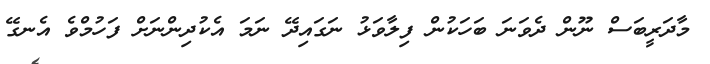
މާދަރީބަސް ނޫން ދެވަނަ ބަހަކުން ފިލާވަޅު ނަގައިދޭ ނަމަ އެކުދިންނަށް ފަހުމްވެ އެނގޭ